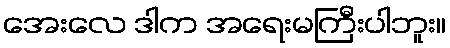
အေးလေ ဒါက အရေးမကြီးပါဘူး။